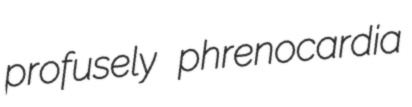
profusely phrenocardia